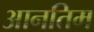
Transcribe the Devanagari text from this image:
आनतिम